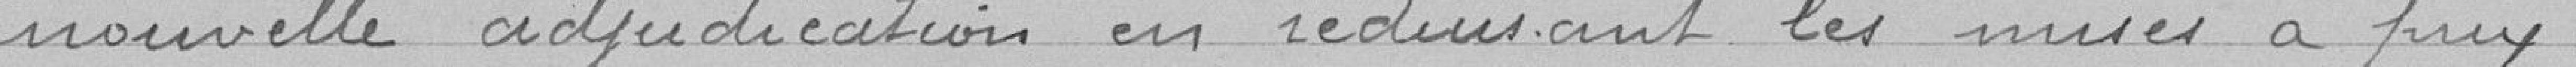
nouvelle adjudication en réduisant les mises a prix